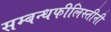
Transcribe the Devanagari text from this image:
सम्बन्धफीलिस्तीनी